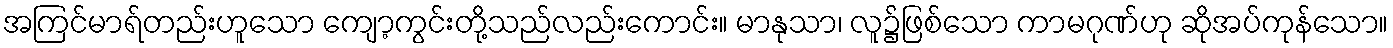
အကြင်မာရ်တည်းဟူသော ကျော့ကွင်းတို့သည်လည်းကောင်း။ မာနုသာ၊ လူ၌ဖြစ်သော ကာမဂုဏ်ဟု ဆိုအပ်ကုန်သော။